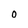
Character: O